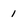
Character: 1